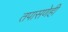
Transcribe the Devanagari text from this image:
तपासणेही